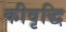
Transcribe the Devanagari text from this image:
कीवृद्धि